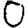
Digit: 0